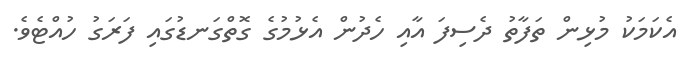
އެކަމަކު މުޅިން ތަފާތު ދެސިފަ އާއި ހެދުން އެޅުމުގެ ގޮތްގަނޑުގައި ފަރަގު ހުއްޓެވެ.